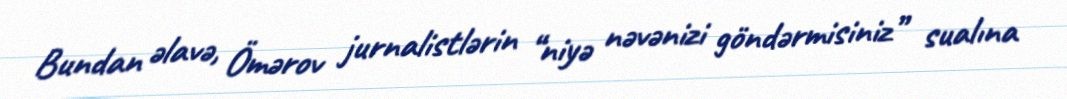
Bundan əlavə, Ömərov jurnalistlərin “niyə nəvənizi göndərmisiniz” sualına